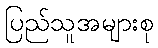
ပြည်သူအများစု